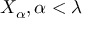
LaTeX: X _ { \alpha } , \alpha < \lambda